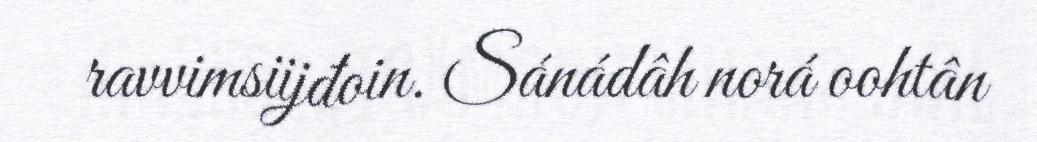
ravvimsiijđoin. Sánádâh norá oohtân